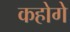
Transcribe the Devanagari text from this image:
कहोगे